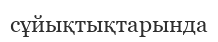
сұйықтықтарында